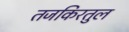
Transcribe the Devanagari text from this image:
तजकिरतुल